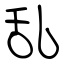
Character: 乱